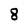
Character: 8